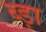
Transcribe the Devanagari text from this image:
ब्ड़ा